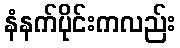
နံနက်ပိုင်းကလည်း